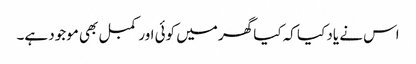
اس نے یاد کیا کہ کیا گھر میں کوئی اور کمبل بھی موجود ہے۔